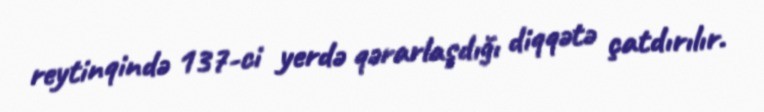
reytinqində 137-ci yerdə qərarlaşdığı diqqətə çatdırılır.